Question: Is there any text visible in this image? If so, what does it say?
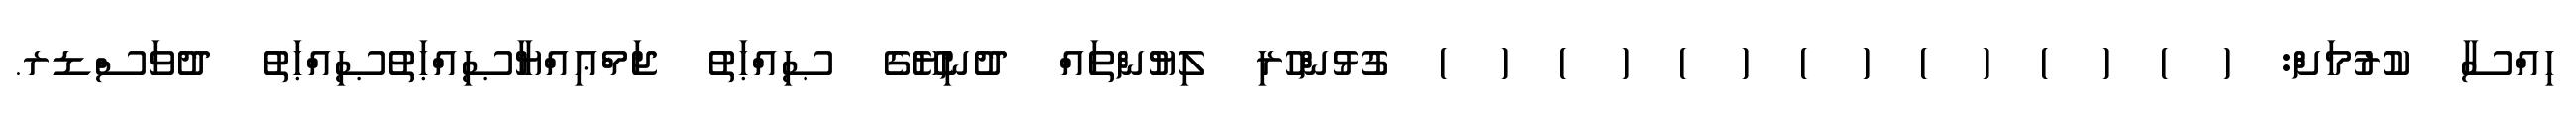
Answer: ހިއްސާ ކުރުމަށް: ( ) ( ) ( ) ( ) ( ) ( ) ( ) ގުޅުންހުރި ލިޔުންތައް ދުނިޔޭގެ ޞިއްޙަތު ޖަމްޢިއްޔާޞިއްޙަތުޞިއްޙަތު ދުވަސްޑރ.